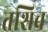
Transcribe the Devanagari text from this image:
तशिच